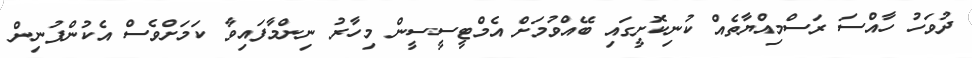
ދުވަހު ހާއްސަ ރަސްމިއްޔާތެއް ކުނިކޮށީގައި ބޭއްވުމަށް އެމްޓީސީސީން މިހާރު ނިންމާފައިވާ ކަމަށްވެސް އެކުންފުނިން